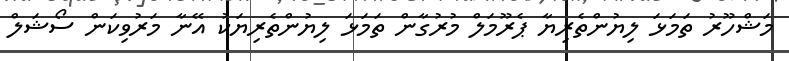
މަޝްހޫރު ތަމަޅަ ލިޔުންތެރިޔާ ޕެރޫމަލް މުރުގާން ތަމަޅަ ލިޔުންތެރިޔަކު އޭނާ މަރުވިކަން ސޯޝަލް